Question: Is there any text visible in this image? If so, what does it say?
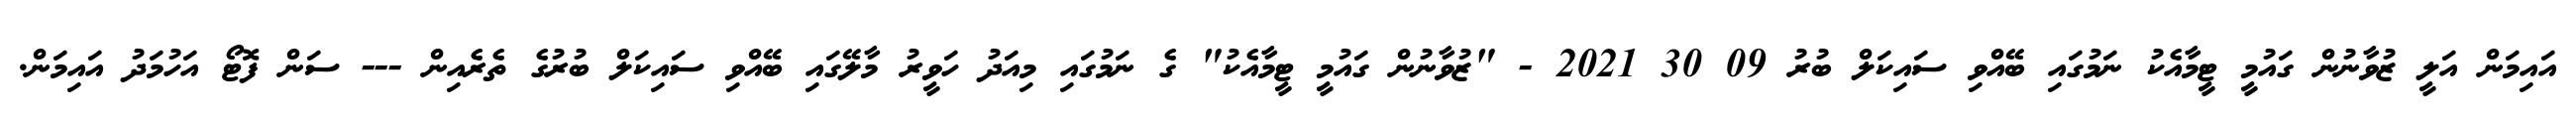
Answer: އައިމަން އަލީ ޒުވާނުން ގައުމީ ޓީމާއެކު ނަމުގައި ބޭއްވި ސައިކަލް ބުރު 09 30 2021 - "ޒުވާނުން ގައުމީ ޓީމާއެކު" ގެ ނަމުގައި މިއަދު ހަވީރު މާލޭގައި ބޭއްވި ސައިކަލް ބުރުގެ ތެރެއިން --- ސަން ފޮޓޯ އަހުމަދު އައިމަން.